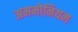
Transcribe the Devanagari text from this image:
अममोनियम